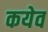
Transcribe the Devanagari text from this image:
कयेव